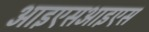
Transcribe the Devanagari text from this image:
आइएसआइएस